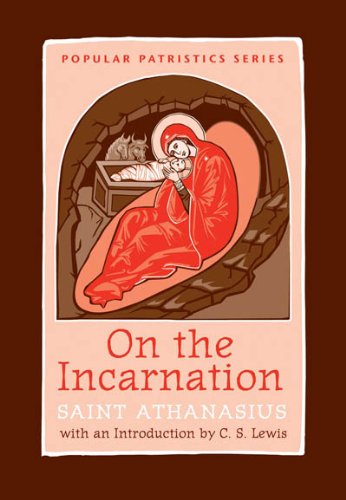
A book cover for On the Incarnation: Saint Athanasius (Popular Patristics); Saint Athanasius; Christian Books & Bibles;